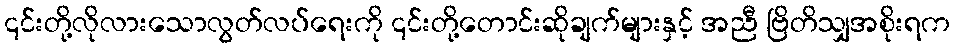
၎င်းတို့လိုလားသောလွတ်လပ်ရေးကို ၎င်းတို့တောင်းဆိုချက်များနှင့် အညီ ဗြိတိသျှအစိုးရက